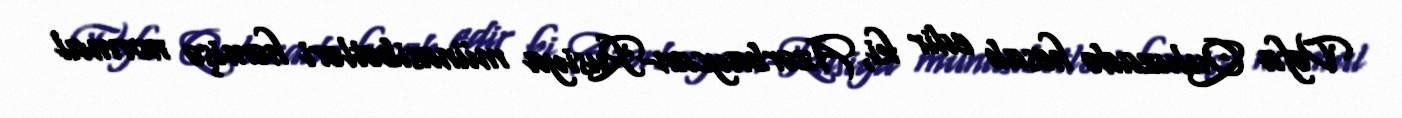
Vəfa Quluzadə hesab edir ki, Azərbaycan-Rusiya münasibətləri həmişə normal